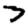
Digit: 3